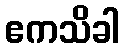
ဧကသိခါ